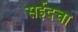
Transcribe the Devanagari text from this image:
सईदचा